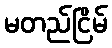
မတည်ငြိမ်